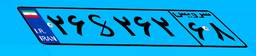
۲۶S۲۶۲۶۸